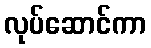
လုပ်ဆောင်ကာ